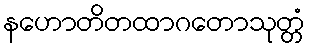
နဟောတိတထာဂတောသုတ္တံ